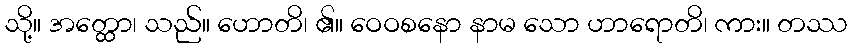
သို့။ အတ္ထော၊ သည်။ ဟောတိ၊ ၏။ ဝေဝစနော နာမ သော ဟာရောတိ၊ ကား။ တဿ